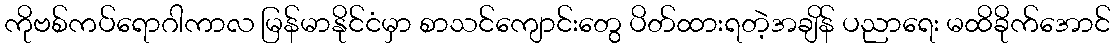
ကိုဗစ်ကပ်ရောဂါကာလ မြန်မာနိုင်ငံမှာ စာသင်ကျောင်းတွေ ပိတ်ထားရတဲ့အချိန် ပညာရေး မထိခိုက်အောင်